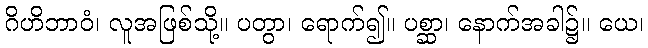
ဂိဟိဘာဝံ၊ လူအဖြစ်သို့။ ပတွာ၊ ရောက်၍။ ပစ္ဆာ၊ နောက်အခါ၌။ ယေ၊